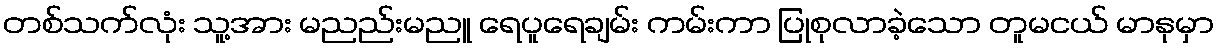
တစ်သက်လုံး သူ့အား မညည်းမညူ ရေပူရေချမ်း ကမ်းကာ ပြုစုလာခဲ့သော တူမငယ် မာနုမှာ